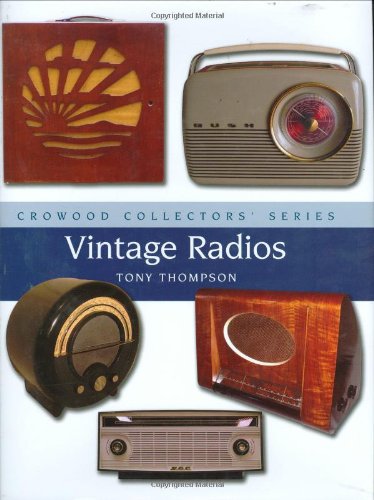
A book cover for Vintage Radios (Crowood Collectors'); Tony Thompson; Crafts, Hobbies & Home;